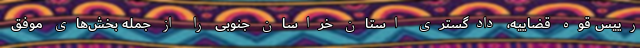
رییس قوه قضاییه، دادگستری استان خراسان جنوبی را از جمله بخش‌های موفق